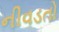
નીવડતો